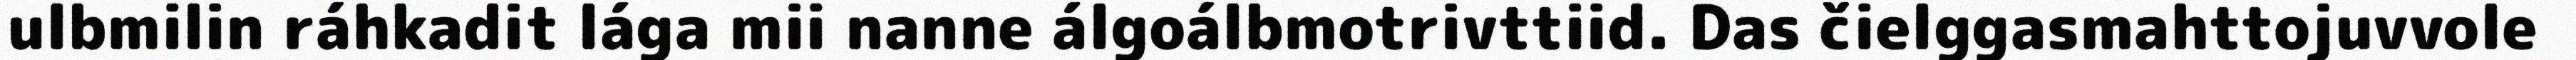
ulbmilin ráhkadit lága mii nanne álgoálbmotrivttiid. Das čielggasmahttojuvvole